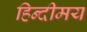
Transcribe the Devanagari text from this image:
हिन्दीमय